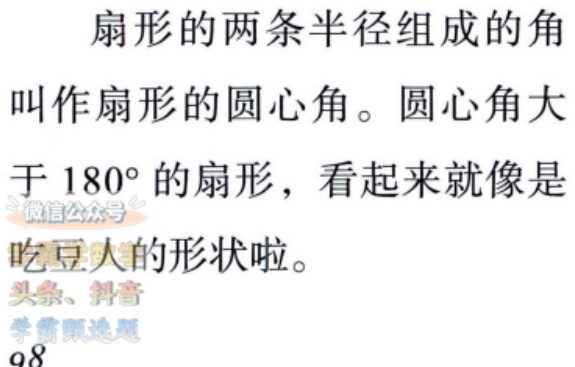
扇形的两条半径组成的角叫作扇形的圆心角。圆心角大于 \(180^{\circ}\) 的扇形，看起来就像是吃豆人的形状啦。